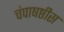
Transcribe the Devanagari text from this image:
चंपाषष्ठीस